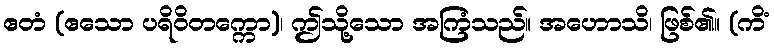
ဧတံ (ဧသော ပရိဝိတက္ကော)၊ ဤသို့သော အကြံသည်။ အဟောသိ၊ ဖြစ်၏။ (ကိံ